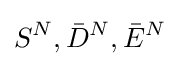
S^{N},{\bar {D}}^{N},{\bar {E}}^{N}